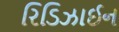
રિડિઝાઈન